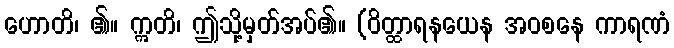
ဟောတိ၊ ၏။ ဣတိ၊ ဤသို့မှတ်အပ်၏။ (ဝိတ္ထာရနယေန အဝစနေ ကာရဏံ